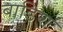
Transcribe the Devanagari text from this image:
बाडिश